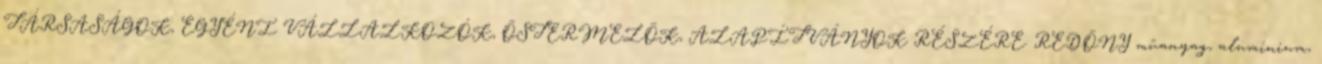
TÁRSASÁGOK, EGYÉNI VÁLLALKOZÓK, ÕSTERMELÕK, ALAPÍTVÁNYOK RÉSZÉRE. REDÕNY mûanyag, alumínium,